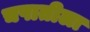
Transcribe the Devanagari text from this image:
चपातीला